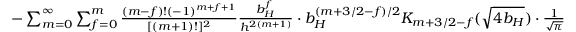
\begin{array} { r l r } & { } & { - \sum _ { m = 0 } ^ { \infty } \sum _ { f = 0 } ^ { m } { \frac { ( m - f ) ! ( - 1 ) ^ { m + f + 1 } } { [ ( m + 1 ) ! ] ^ { 2 } } } { \frac { b _ { H } ^ { f } } { h ^ { 2 ( m + 1 ) } } } \cdot b _ { H } ^ { ( m + 3 / 2 - f ) / 2 } K _ { m + 3 / 2 - f } ( \sqrt { 4 b _ { H } } ) \cdot { \frac { 1 } { \sqrt { \pi } } } } \end{array}